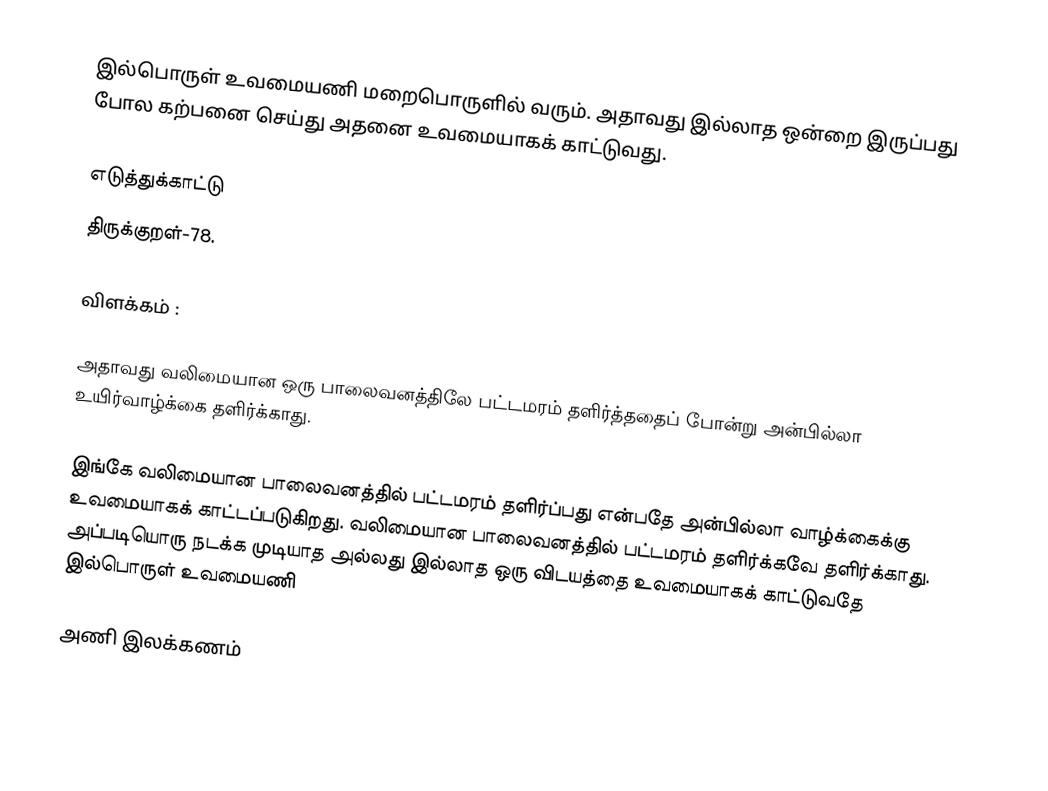
இல்பொருள் உவமையணி மறைபொருளில் வரும். அதாவது இல்லாத ஒன்றை இருப்பது போல கற்பனை செய்து அதனை உவமையாகக் காட்டுவது.

எடுத்துக்காட்டு
 திருக்குறள்-78.

விளக்கம் :

அதாவது வலிமையான ஒரு பாலைவனத்திலே பட்டமரம் தளிர்த்ததைப் போன்று அன்பில்லா உயிர்வாழ்க்கை தளிர்க்காது.

இங்கே வலிமையான பாலைவனத்தில் பட்டமரம் தளிர்ப்பது என்பதே அன்பில்லா வாழ்க்கைக்கு உவமையாகக் காட்டப்படுகிறது. வலிமையான பாலைவனத்தில் பட்டமரம் தளிர்க்கவே தளிர்க்காது. அப்படியொரு நடக்க முடியாத அல்லது  இல்லாத ஒரு விடயத்தை உவமையாகக் காட்டுவதே இல்பொருள் உவமையணி

 அணி இலக்கணம்